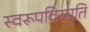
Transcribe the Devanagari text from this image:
स्वरूपविस्मृति